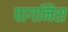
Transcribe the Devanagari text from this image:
पागनिस